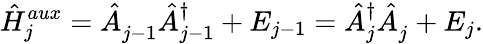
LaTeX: \hat{H}_{j}^{aux}=\hat{A}_{j-1}^{\phantom{\dagger}}\hat{A}_{j-1}^{\dagger}+E_{j-1}=\hat{A}_{j}^{\dagger}\hat{A}_{j}^{\phantom{\dagger}}+E_{j}.